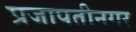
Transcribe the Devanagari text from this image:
प्रजापतीनगर